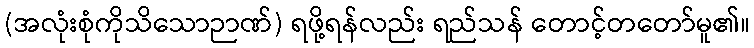
(အလုံးစုံကိုသိသောဉာဏ်) ရဖို့ရန်လည်း ရည်သန် တောင့်တတော်မူ၏။